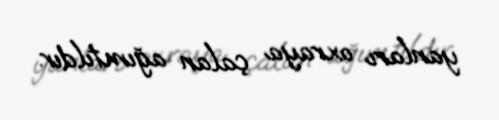
yanları oxraya çalan ağımtıldır.